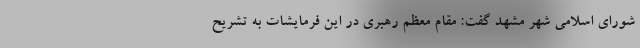
شورای اسلامی شهر مشهد گفت: مقام معظم رهبری در این فرمایشات به تشریح